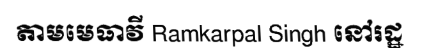
តាមមេធាវី Ramkarpal Singh នៅរដ្ឋ